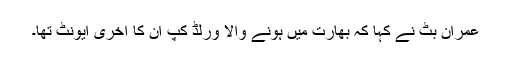
عمران بٹ نے کہا کہ بھارت میں ہونے والا ورلڈ کپ ان کا آخری ایونٹ تھا۔